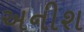
અનીશ